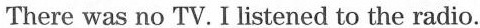
There was no TV.I listened to the radio.